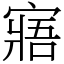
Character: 寤